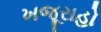
ખજૂરાહો